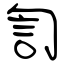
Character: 訇